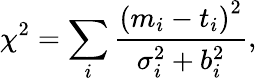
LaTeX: \chi^{2}=\sum_{i}\frac{\left(m_{i}-t_{i}\right)^{2}}{\sigma_{i}^{2}+b_{i}^{2}},